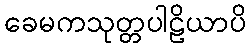
ခေမကသုတ္တပါဠိယာပိ